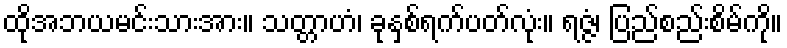
ထိုအဘယမင်းသားအား။ သတ္တာဟံ၊ ခုနှစ်ရက်ပတ်လုံး။ ရဇ္ဇံ၊ ပြည်စည်းစိမ်ကို။